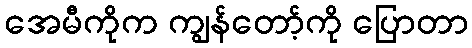
အေမီကိုက ကျွန်တော့်ကို ပြောတာ